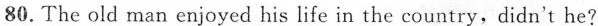
80.The old man enjoyed his life in the country, didn't he?